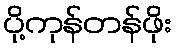
ပို့ကုန်တန်ဖိုး